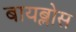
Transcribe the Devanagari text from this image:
बायब्लोस